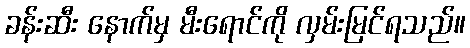
ခန်းဆီး နောက်မှ မီးရောင်ကို လှမ်းမြင်ရသည်။